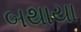
બથાયા